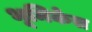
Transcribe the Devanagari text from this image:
भूमिकेस